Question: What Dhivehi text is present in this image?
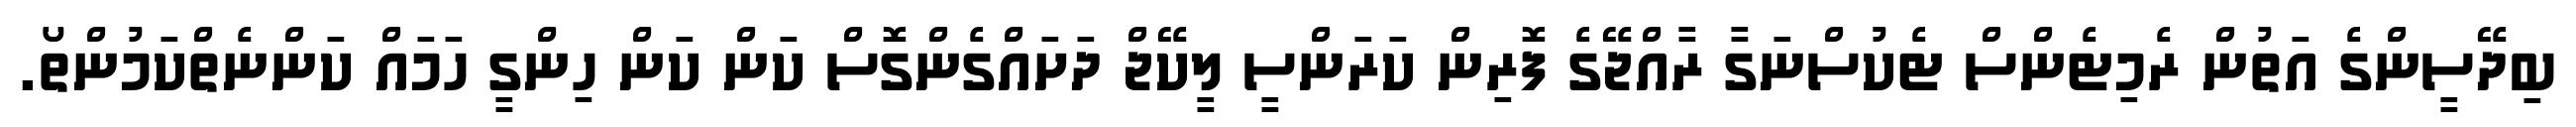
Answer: ބިދޭސީންގެ އަތުން ރެމިޓެންސް ޓެކުސްނަގާ ރާއްޖޭގެ ފޮރިން ކަރަންސީ ލީކޭޖް ދަށައްގެންގޮސް ކަން ކަން ހިންގީ ހަމައް ކަންނެތްކަމުންތޯ.